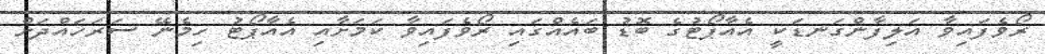
ރޯވެފައިވާ އަލިފާންގަނޑަކީ އެއާޕޯޓުގެ ބޮޑު ބައެއްގައި ރޯވެފައިވާ ކަމަށާއި އެއާޕޯޓު ހިމެނޭ ސަރަހައްދަށް